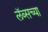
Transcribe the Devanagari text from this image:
लॅब्सच्या